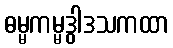
ဓမ္မကမ္မဒွါဒသကထာ